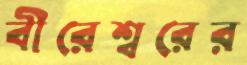
বীরেশ্বরের